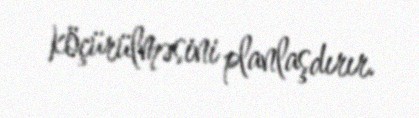
köçürülməsini planlaşdırır.